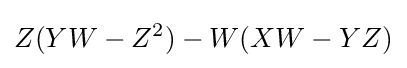
Z(YW-Z^{2})-W(XW-YZ)